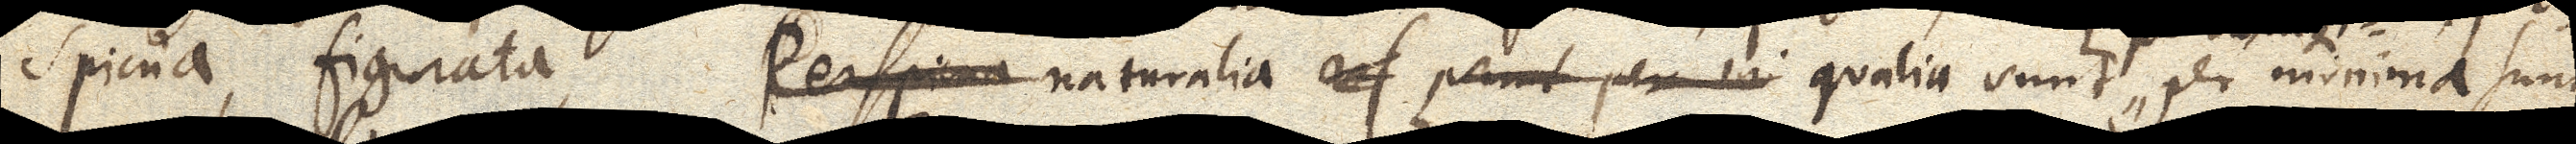
spicua, figurata. Perspicua Naturalia arf sunt per vi qualia sunt per minima sunt,